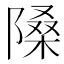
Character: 𨻗